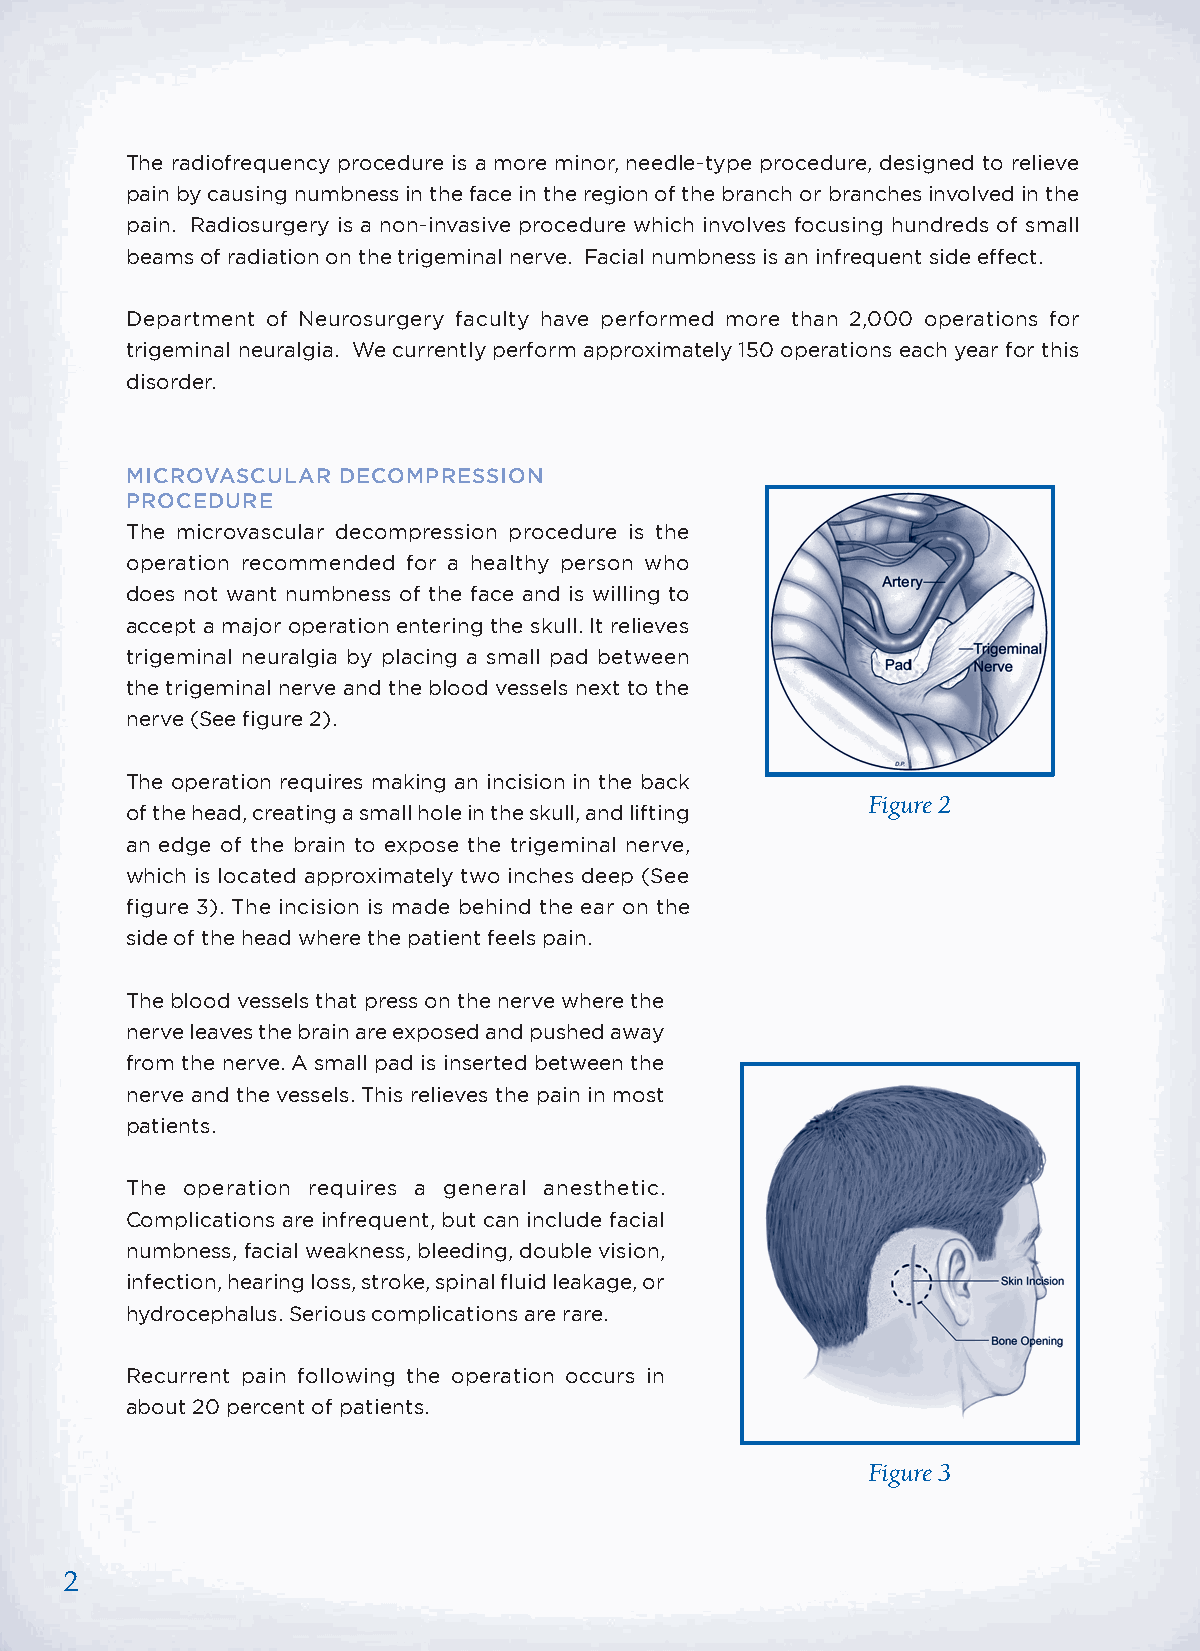
The radiofrequency procedure is a more minor, needle-type procedure, designed to relieve
 pain by causing numbness in the face in the region of the branch or branches involved in the
 pain. Radiosurgery is a non-invasive procedure which involves focusing hundreds of small
 beams of radiation on the trigeminal nerve. Facial numbness is an infrequent side effect.
 Department of Neurosurgery faculty have performed more than 2,000 operations for
 trigeminal neuralgia. We currently perform approximately 150 operations each year for this
 disorder.
 MICROVASCULAR DECOMPRESSION
 PROCEDURE
 The microvascular decompression procedure is the
 operation recommended for a healthy person who
 does not want numbness of the face and is willing to
 accept a major operation entering the skull. It relieves
 trigeminal neuralgia by placing a small pad between
 the trigeminal nerve and the blood vessels next to the
 nerve (See figure 2).
 The operation requires making an incision in the back
 Figure 2
 of the head, creating a small hole in the skull, and lifting
 an edge of the brain to expose the trigeminal nerve,
 which is located approximately two inches deep (See
 figure 3). The incision is made behind the ear on the
 side of the head where the patient feels pain.
 The blood vessels that press on the nerve where the
 nerve leaves the brain are exposed and pushed away
 from the nerve. A small pad is inserted between the
 nerve and the vessels. This relieves the pain in most
 patients.
 The operation requires a general anesthetic.
 Complications are infrequent, but can include facial
 numbness, facial weakness, bleeding, double vision,
 infection, hearing loss, stroke, spinal fluid leakage, or
 hydrocephalus. Serious complications are rare.
 Recurrent pain following the operation occurs in
 about 20 percent of patients.
 Figure 3
 2